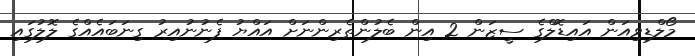
މޯލްޑިވިއަން އައިޑޮލްގެ ސީޒަން 2 އިން ބެލުންތެރިންނަށް އައްޔު ފެނުނުއިރު ގިނަބައެއްގެ ލޮލުގައި